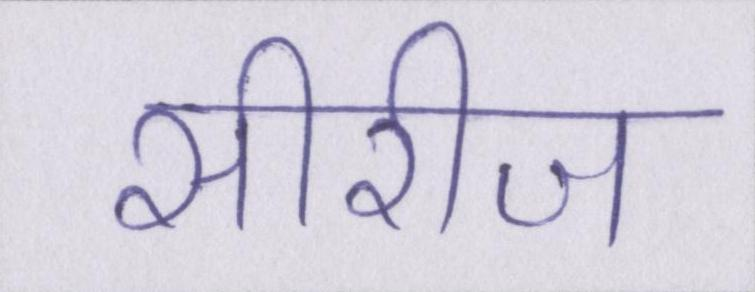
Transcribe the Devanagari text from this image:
सीरीज